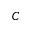
C